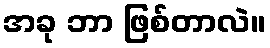
အခု ဘာ ဖြစ်တာလဲ။